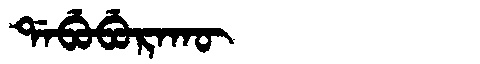
Manchu: ᡩᠠᠪᡠᠪᡠᡵᠠᡴᡡ
Romanization: DABUBURAKŪ